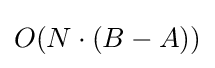
O(N\cdot (B-A))